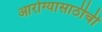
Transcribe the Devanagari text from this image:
आरोग्यासाठीची